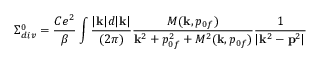
\Sigma _ { d i v } ^ { 0 } = { \frac { C e ^ { 2 } } { \beta } } \int { \frac { | { \bf k } | d | { \bf k } | } { ( 2 \pi ) } } { \frac { { \cal M } ( { \bf k } , p _ { 0 f } ) } { { \bf k } ^ { 2 } + p _ { 0 f } ^ { 2 } + { \cal M } ^ { 2 } ( { \bf k } , p _ { 0 f } ) } } { \frac { 1 } { | { \bf k } ^ { 2 } - { \bf p } ^ { 2 } | } }